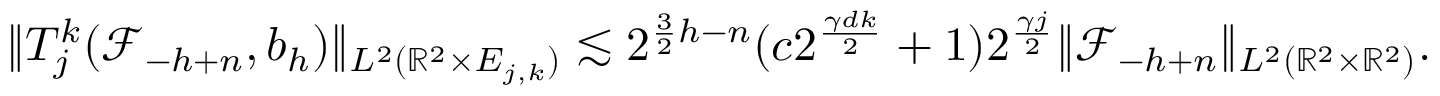
\| T _ { j } ^ { k } ( \mathcal { F } _ { - h + n } , b _ { h } ) \| _ { L ^ { 2 } ( \mathbb { R } ^ { 2 } \times E _ { j , k } ) } \lesssim 2 ^ { \frac { 3 } { 2 } h - n } ( c 2 ^ { \frac { \gamma d k } { 2 } } + 1 ) 2 ^ { \frac { \gamma j } { 2 } } \| \mathcal { F } _ { - h + n } \| _ { L ^ { 2 } ( \mathbb { R } ^ { 2 } \times \mathbb { R } ^ { 2 } ) } .